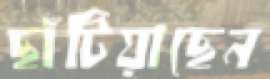
ছাঁটিয়াছেন